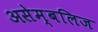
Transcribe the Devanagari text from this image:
असेम्बलिज